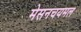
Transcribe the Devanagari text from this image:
मेसनचयमल